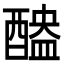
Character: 醠